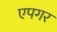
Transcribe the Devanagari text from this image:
एपगर